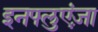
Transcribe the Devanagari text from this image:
इनफ्लुएंज़ा